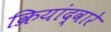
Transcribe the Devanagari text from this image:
क्रियांद्वारे